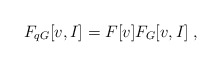
\begin{align*}F_{q G}[v,I]=F[v]F_{G}[v,I]\;,\end{align*}